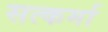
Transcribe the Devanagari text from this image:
सत्कर्मा